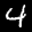
Label: 4